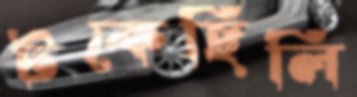
টকেছিলি